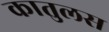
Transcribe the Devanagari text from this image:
कातुलस